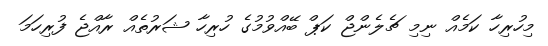
މިހުރިހާ ކަމެއް ނިމި ޗެލެންޖް ކަޕް ބޭއްވުމުގެ ހުރިހާ ޝަރުތެއް ރާއްޖެ ފުރިހަމަ